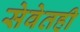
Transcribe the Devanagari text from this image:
सेवेतही